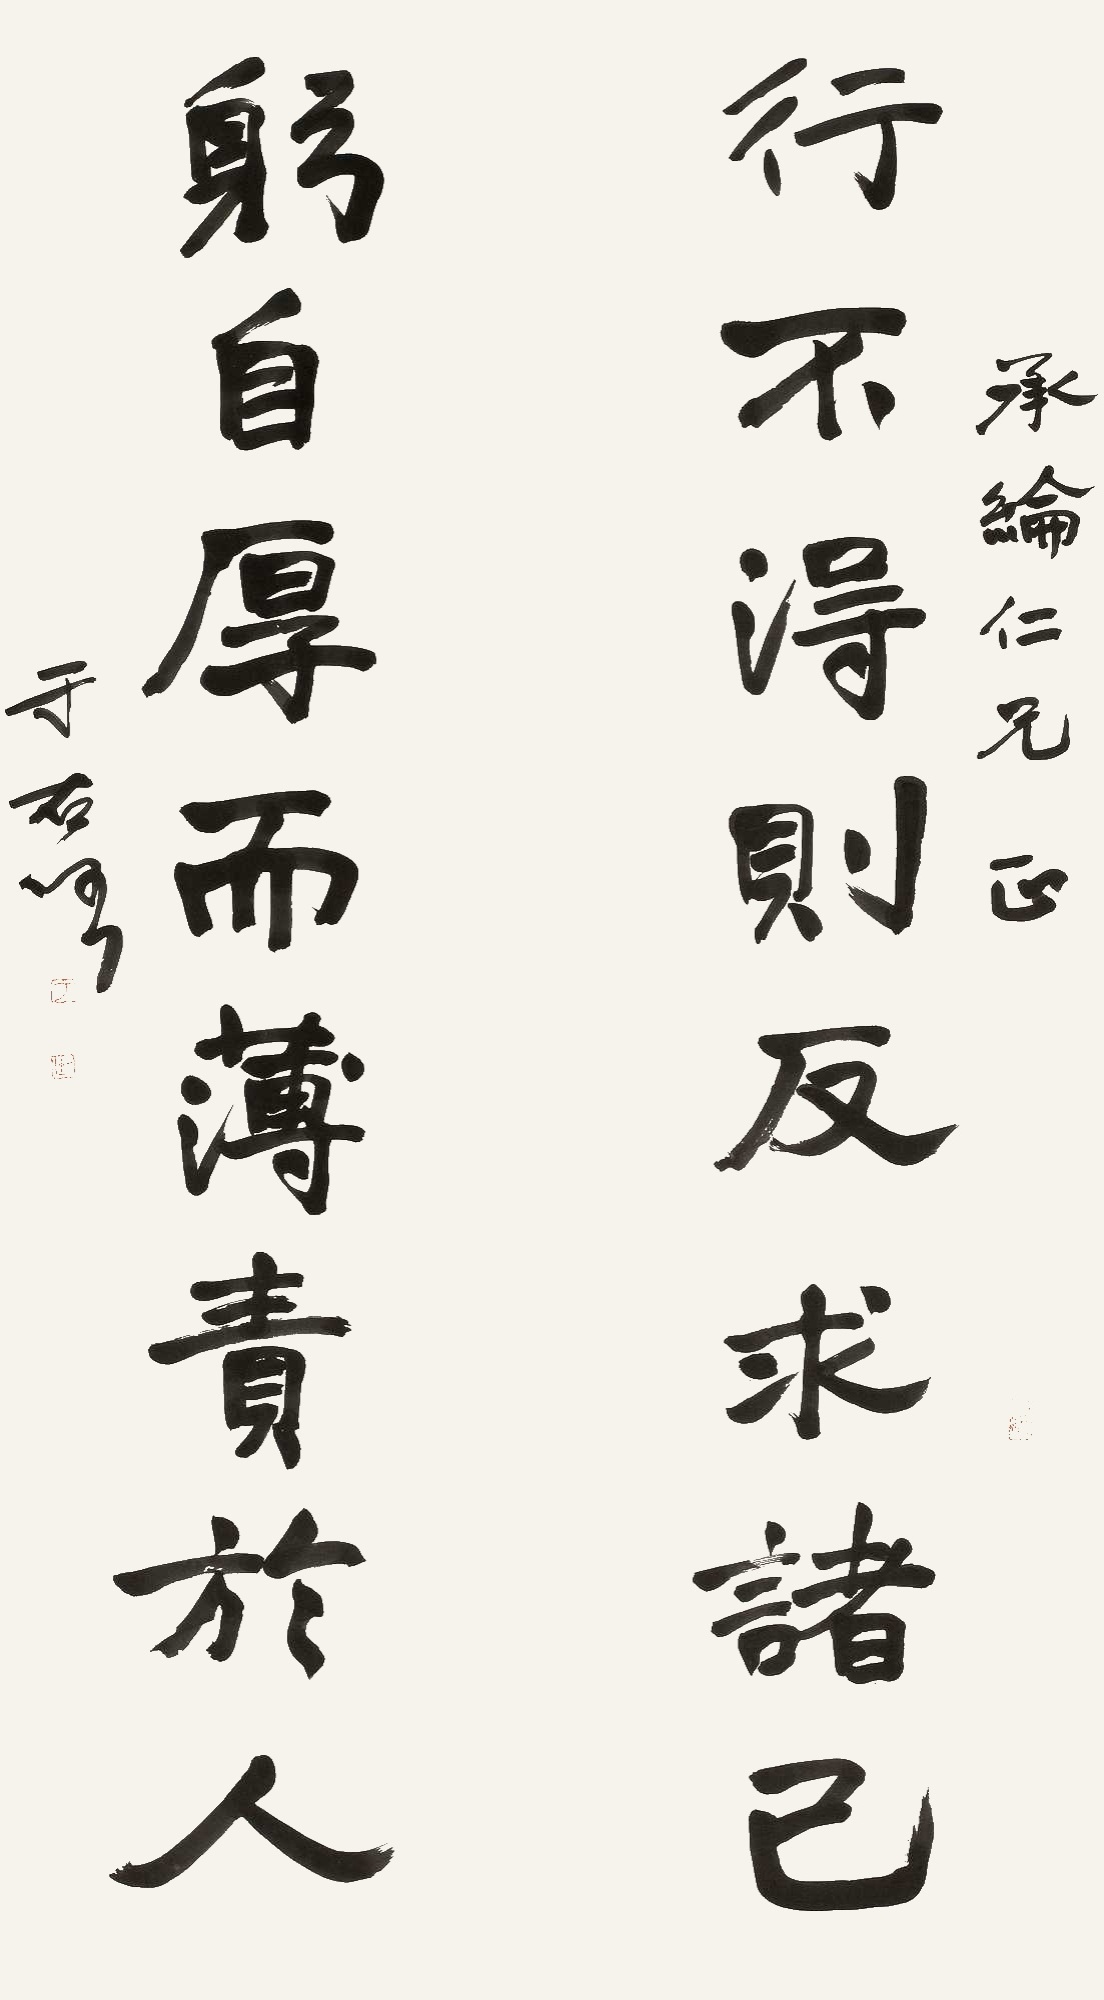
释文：行不得则反求诸己，躬自厚而薄责于人。承纶仁兄正，于右任。